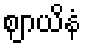
ဈာယိနံ